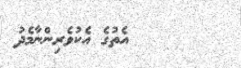
١        އެތުގެ އެކުވެރިންނާމެދު